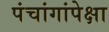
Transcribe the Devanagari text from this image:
पंचांगांपेक्षा